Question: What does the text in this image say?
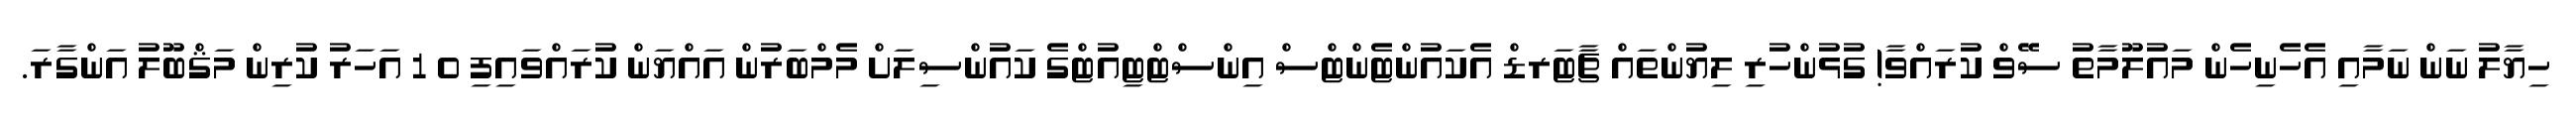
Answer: ހިޔާލު ނަން ނަމާއި އެހެނިހެން މައުލޫމާތު ސޭވް ކުރައްވާ! ގުޅުންހުރި ލިޔުންތައް ޗާޓަރޑް އެކައުންޓެންޓްސް އިންސްޓްޓިއުޓްގެ ކައުންސިލަށް މެމްބަރުން އައްޔަން ކުރައްވައިފި 0 1 އަހަރު ކުރިން މަޤްބޫލު އަންގާރަ.